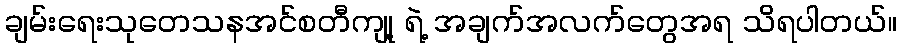
ချမ်းရေးသုတေသနအင်စတီကျု့ ရဲ့ အချက်အလက်တွေအရ သိရပါတယ်။